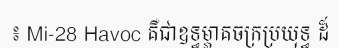
៖ Mi-28 Havoc គឺជាឧទ្ធម្ភាគចក្រប្រយុទ្ធ ដ៏